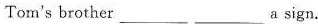
Tom's brother ___ ___a sign.